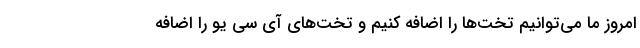
امروز ما می‌توانیم تخت‌ها را اضافه کنیم و تخت‌های آی سی یو را اضافه